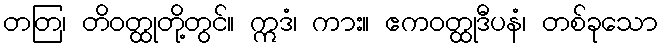
တတြ၊ တိဝတ္ထုတို့တွင်။ ဣဒံ၊ ကား။ ဧကဝတ္ထုဒီပနံ၊ တစ်ခုသော